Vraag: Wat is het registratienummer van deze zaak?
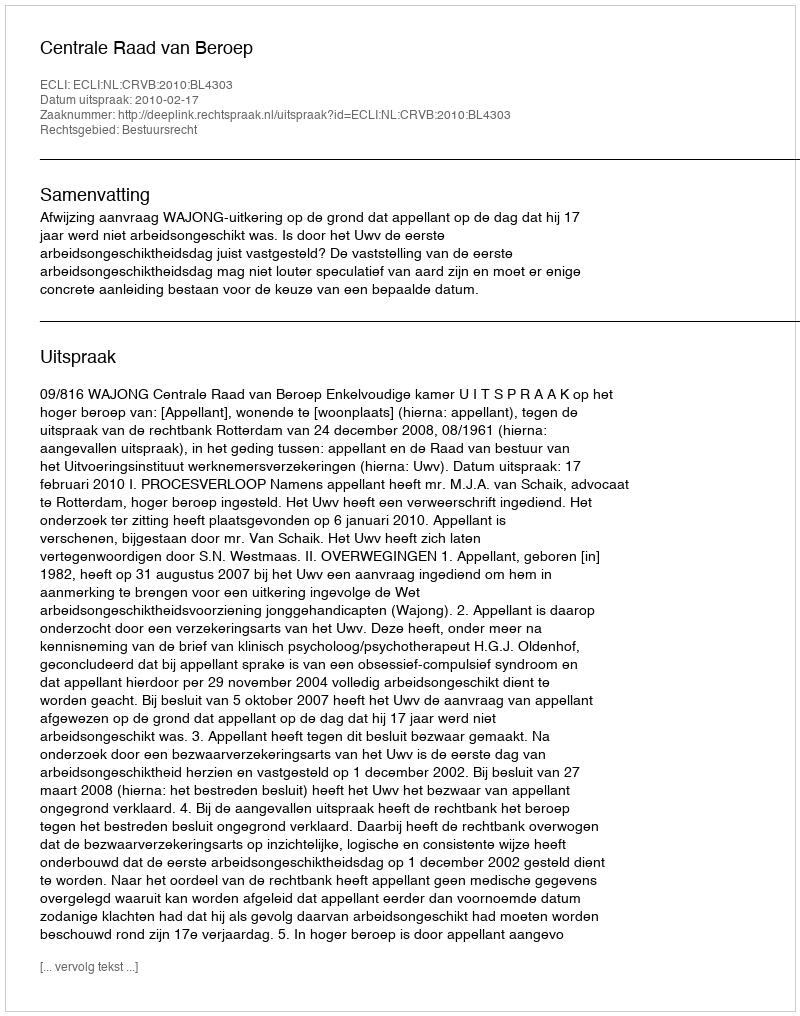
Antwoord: http://deeplink.rechtspraak.nl/uitspraak?id=ECLI:NL:CRVB:2010:BL4303